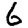
Digit: 6